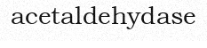
acetaldehydase